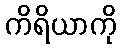
ကိရိယာကို